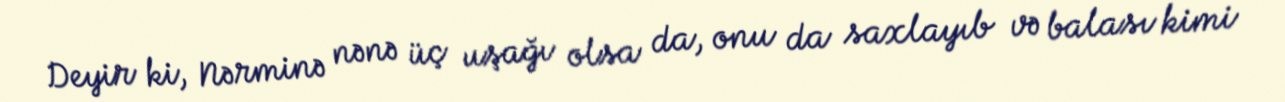
Deyir ki, Nərminə nənə üç uşağı olsa da, onu da saxlayıb və balası kimi